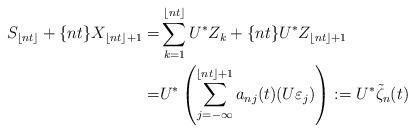
LaTeX: \begin{align*} S_{\lfloor nt \rfloor} + \{nt\} X_{\lfloor nt \rfloor +1} =&\sum_{k=1}^{\lfloor nt \rfloor}U^{*}Z_{k} + \{nt\} U^{*}Z_{\lfloor nt \rfloor +1}\\=&U^{*}\left( \sum_{j=-\infty}^{\lfloor nt \rfloor +1} a_{nj}(t) (U\varepsilon_{j})\right):=U^{*} \tilde{\zeta}_{n}(t)\end{align*}